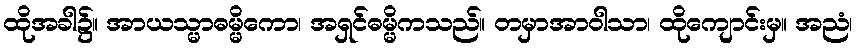
ထိုအခါ၌။ အာယသ္မာဓမ္မိကော၊ အရှင်ဓမ္မိကသည်။ တမှာအာဝါသာ၊ ထိုကျောင်းမှ။ အညံ၊